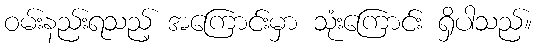
ဝမ်းနည်းရသည့် အကြောင်းမှာ သုံးကြောင်း ရှိပါသည်။